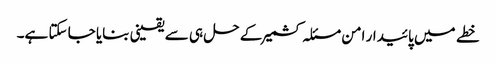
خطے میں پائیدار امن مسئلہ کشمیر کے حل ہی سے یقینی بنایا جا سکتا ہے۔